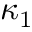
\kappa _ { 1 }